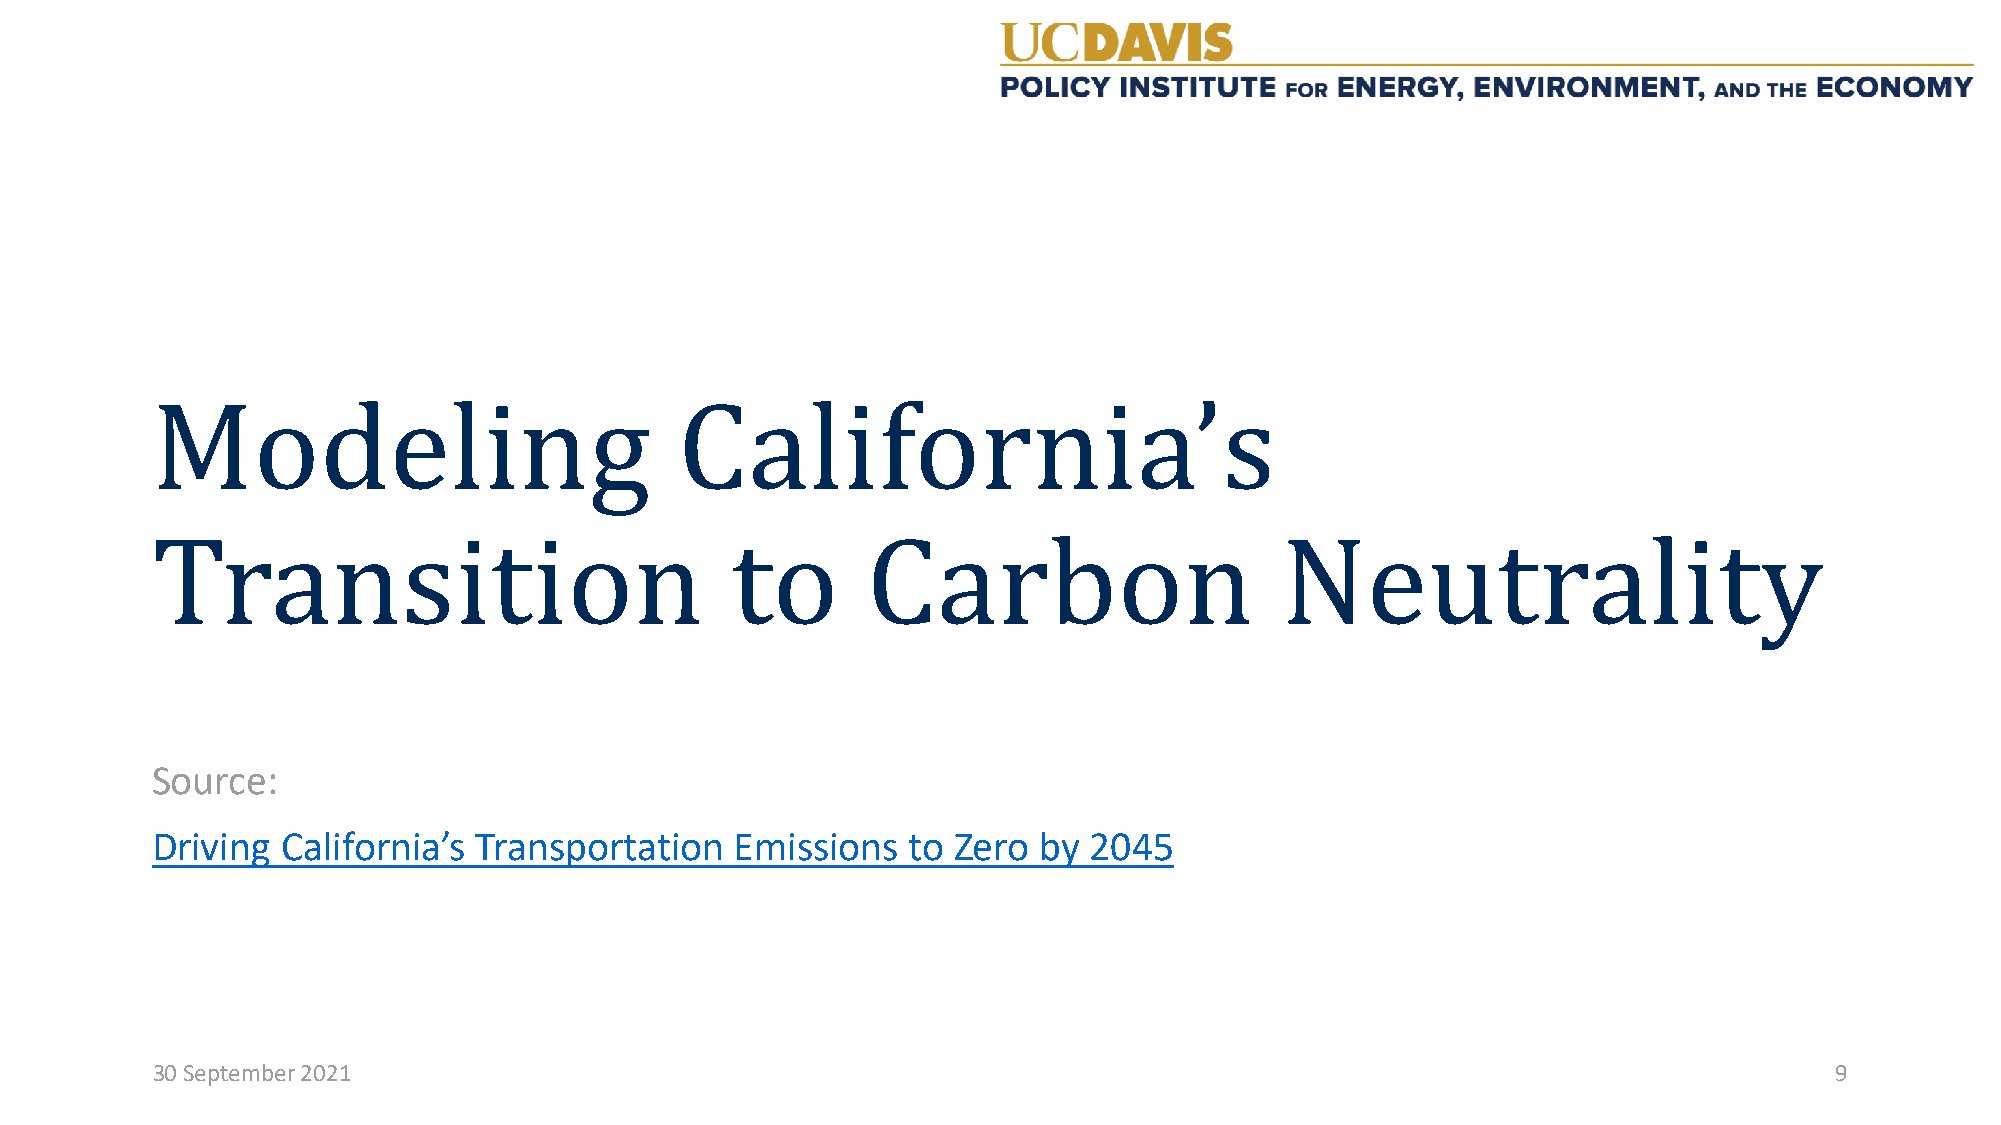
Modeling                           California’s
 Source:
 Transition                            to       Carbon                      Neutrality
 Driving  California’s Transportation   Emissions  to Zero  by 2045
 30 September 2021                                                                                              9